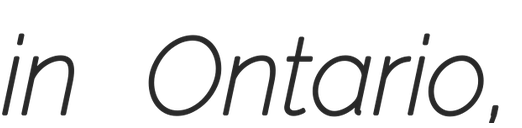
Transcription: in Ontario,